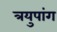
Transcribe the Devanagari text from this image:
त्रयुपांग